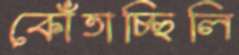
কোঁতাচ্ছিলি